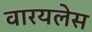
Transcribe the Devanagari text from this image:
वारयलेस